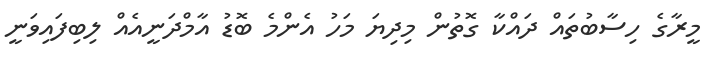
މީރާގެ ހިސާބުތައް ދައްކާ ގޮތުން މިދިޔަ މަހު އެންމެ ބޮޑު އާމްދަނީއެއް ލިބިފައިވަނީ